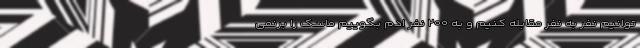
‌توانیم نفر به نفر مقابله کنیم و به ۲۰۰ نفر ادم بگوییم ماسک را برنمی